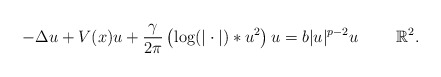
\begin{align*}-\Delta u + V(x)u + \frac{\gamma}{2\pi} \left(\log(|\cdot|) \ast u^2 \right)u = b |u|^{p-2}u \qquad\ \mathbb{R}^2.\end{align*}